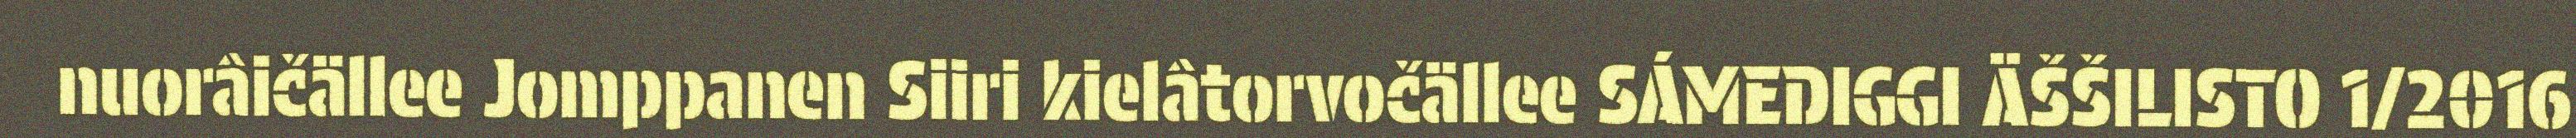
nuorâičällee Jomppanen Siiri kielâtorvočällee SÁMEDIGGI ÄŠŠILISTO 1/2016